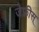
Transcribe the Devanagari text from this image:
जेफ्रीस्